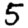
Digit: 5